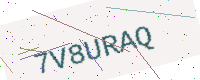
Text: 7V8URAQ